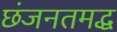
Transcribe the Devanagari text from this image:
छंजनतमद्ध